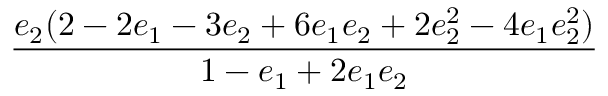
\displaystyle \frac { e _ { 2 } ( 2 - 2 e _ { 1 } - 3 e _ { 2 } + 6 e _ { 1 } e _ { 2 } + 2 e _ { 2 } ^ { 2 } - 4 e _ { 1 } e _ { 2 } ^ { 2 } ) } { 1 - e _ { 1 } + 2 e _ { 1 } e _ { 2 } }